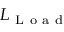
L _ { \mathrm { ~ L ~ o ~ a ~ d ~ } }